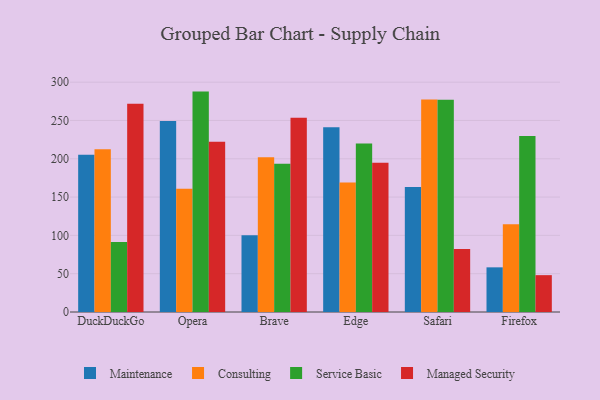
{"axis": {"x": "Browser", "y": "Budget (USD K)"}, "legend": ["Consulting", "Maintenance", "Managed Security", "Service Basic"], "data": [{"x": "DuckDuckGo", "y": 205.2, "type": "Maintenance"}, {"x": "DuckDuckGo", "y": 212.5, "type": "Consulting"}, {"x": "DuckDuckGo", "y": 91.4, "type": "Service Basic"}, {"x": "DuckDuckGo", "y": 271.8, "type": "Managed Security"}, {"x": "Opera", "y": 249.3, "type": "Maintenance"}, {"x": "Opera", "y": 161.0, "type": "Consulting"}, {"x": "Opera", "y": 287.7, "type": "Service Basic"}, {"x": "Opera", "y": 222.3, "type": "Managed Security"}, {"x": "Brave", "y": 100.2, "type": "Maintenance"}, {"x": "Brave", "y": 202.0, "type": "Consulting"}, {"x": "Brave", "y": 193.4, "type": "Service Basic"}, {"x": "Brave", "y": 253.5, "type": "Managed Security"}, {"x": "Edge", "y": 241.2, "type": "Maintenance"}, {"x": "Edge", "y": 169.2, "type": "Consulting"}, {"x": "Edge", "y": 219.8, "type": "Service Basic"}, {"x": "Edge", "y": 194.9, "type": "Managed Security"}, {"x": "Safari", "y": 163.2, "type": "Maintenance"}, {"x": "Safari", "y": 277.5, "type": "Consulting"}, {"x": "Safari", "y": 277.1, "type": "Service Basic"}, {"x": "Safari", "y": 82.2, "type": "Managed Security"}, {"x": "Firefox", "y": 58.3, "type": "Maintenance"}, {"x": "Firefox", "y": 114.5, "type": "Consulting"}, {"x": "Firefox", "y": 229.6, "type": "Service Basic"}, {"x": "Firefox", "y": 48.1, "type": "Managed Security"}]}